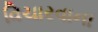
વિચારવાના